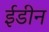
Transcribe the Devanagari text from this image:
ईडीन